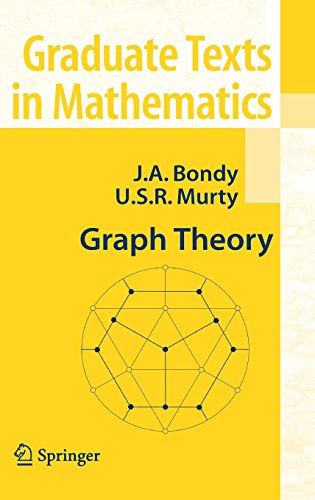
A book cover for Graph Theory (Graduate Texts in Mathematics); Adrian Bondy; Computers & Technology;